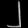
Digit: ၂